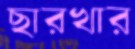
ছারখার